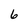
Character: 6